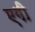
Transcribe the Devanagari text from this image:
एगी